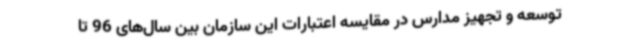
توسعه و تجهیز مدارس در مقایسه اعتبارات این سازمان بین سال‌های 96 تا